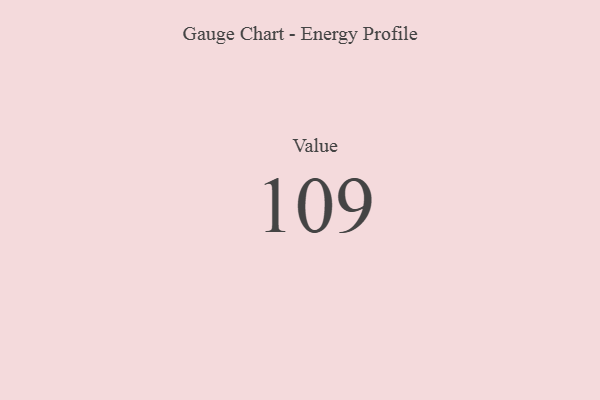
{"axis": {"x": "Metric", "y": "Value"}, "legend": [""], "data": [{"x": "Value", "y": 109, "type": ""}]}